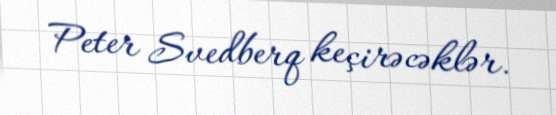
Peter Svedberq keçirəcəklər.